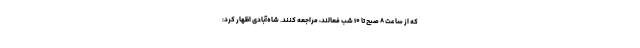
که از ساعت ۸ صبح تا ۱۰ شب فعالند، مراجعه کنند. شاه‌آبادی اظهار کرد: